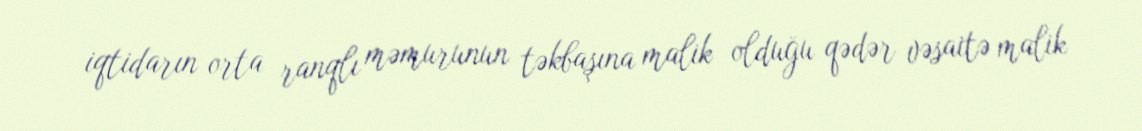
iqtidarın orta ranqlı məmurunun təkbaşına malik olduğu qədər vəsaitə malik